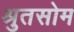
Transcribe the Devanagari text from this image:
श्रुतसोम